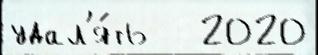
удал'я́ть   2020